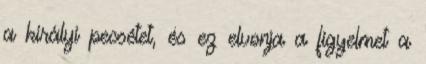
a királyi pecsétet, és ez elvonja a figyelmet a